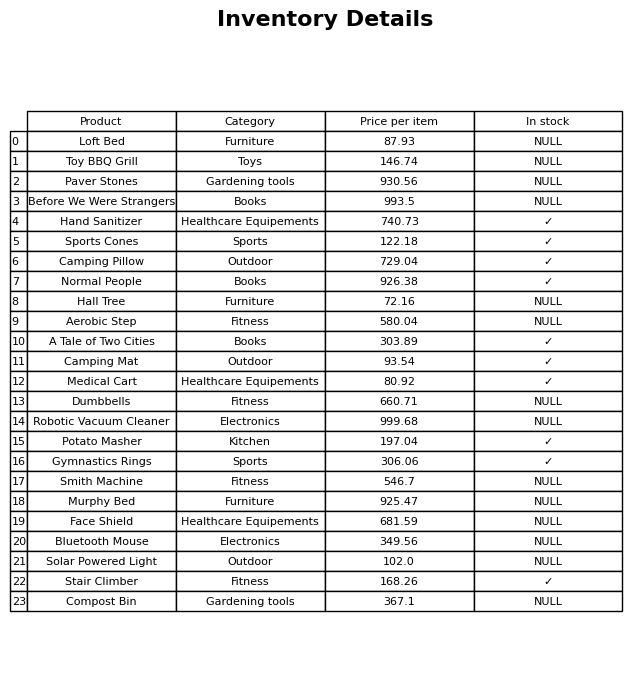
question: What is the price of the Face Shield?
answer: The price of Face Shield is 681.59.